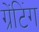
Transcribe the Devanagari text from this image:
ग्रेंटिंग